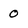
Character: 0